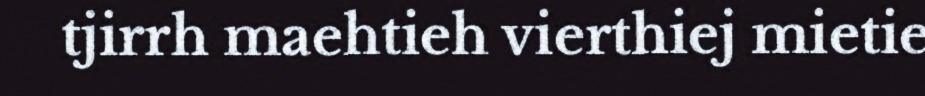
tjirrh maehtieh vierthiej mietie